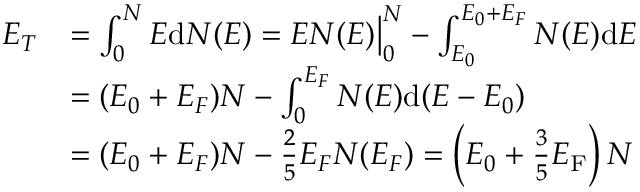
{ \begin{array} { r l } { E _ { T } } & { = \int _ { 0 } ^ { N } E \mathrm { d } N ( E ) = E N ( E ) { \big | } _ { 0 } ^ { N } - \int _ { E _ { 0 } } ^ { E _ { 0 } + E _ { F } } N ( E ) \mathrm { d } E } \\ & { = ( E _ { 0 } + E _ { F } ) N - \int _ { 0 } ^ { E _ { F } } N ( E ) \mathrm { d } ( E - E _ { 0 } ) } \\ & { = ( E _ { 0 } + E _ { F } ) N - { \frac { 2 } { 5 } } E _ { F } N ( E _ { F } ) = \left( E _ { 0 } + { \frac { 3 } { 5 } } E _ { \mathrm { F } } \right) N } \end{array} }